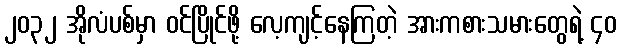
၂၀၃၂ အိုလံပစ်မှာ ဝင်ပြိုင်ဖို့ လေ့ကျင့်နေကြတဲ့ အားကစားသမားတွေရဲ့ ၄၀